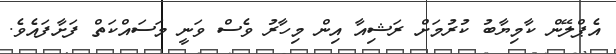
އެޕްލޭން ކާމިޔާބު ކުރުމަށް ރަޝިއާ އިން މިހާރު ވެސް ވަނީ މަސައްކަތް ފަށާފައެވެ.